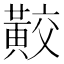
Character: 𪏁